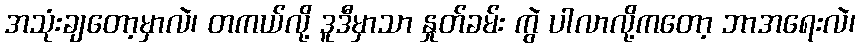
အသုံးချတော့မှာလဲ၊ တကယ်လို့ ဒူဒီမှာသာ နှုတ်ခမ်း ကွဲ ပါလာလို့ကတော့ ဘာအရေးလဲ၊